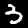
Label: 3